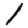
Digit: 1